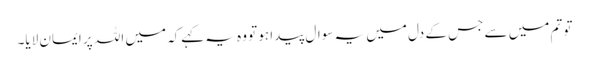
تو تم میں سے جس کے دل میں یہ سوال پیدا ہو تو وہ یہ کہےکہ میں اللہ پر ایمان لایا۔